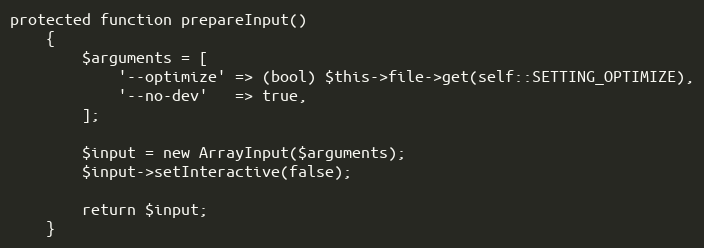
Language: PHP
protected function prepareInput()
    {
        $arguments = [
            '--optimize' => (bool) $this->file->get(self::SETTING_OPTIMIZE),
            '--no-dev'   => true,
        ];

        $input = new ArrayInput($arguments);
        $input->setInteractive(false);

        return $input;
    }